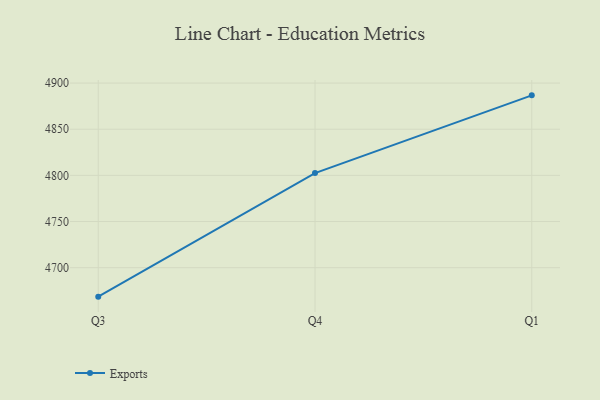
{"axis": {"x": "Quarter", "y": "Conversion Rate (%)"}, "legend": ["Exports"], "data": [{"x": "Q3", "y": 4668.6, "type": "Exports"}, {"x": "Q4", "y": 4802.5, "type": "Exports"}, {"x": "Q1", "y": 4886.7, "type": "Exports"}]}